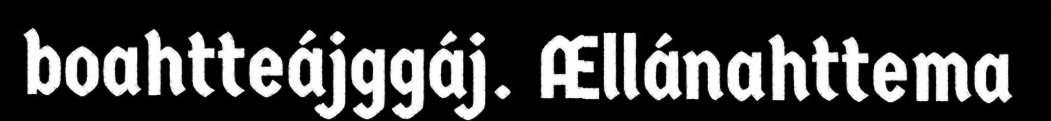
boahtteájggáj. Ællánahttema